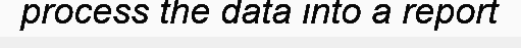
process the data into a report